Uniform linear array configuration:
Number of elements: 48
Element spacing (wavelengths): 0.75
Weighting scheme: blackman
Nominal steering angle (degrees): -45
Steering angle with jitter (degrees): -45.79
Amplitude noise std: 0.05
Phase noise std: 0.05

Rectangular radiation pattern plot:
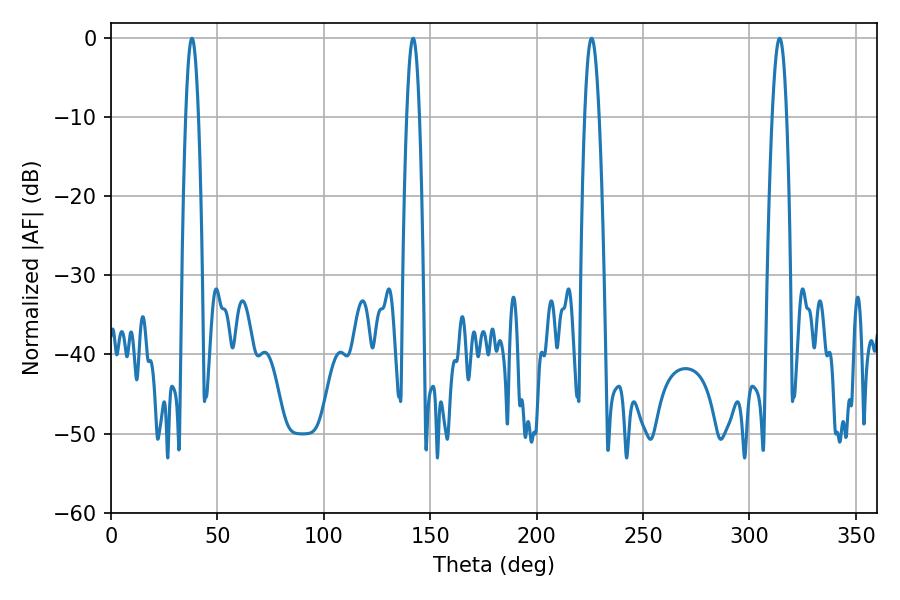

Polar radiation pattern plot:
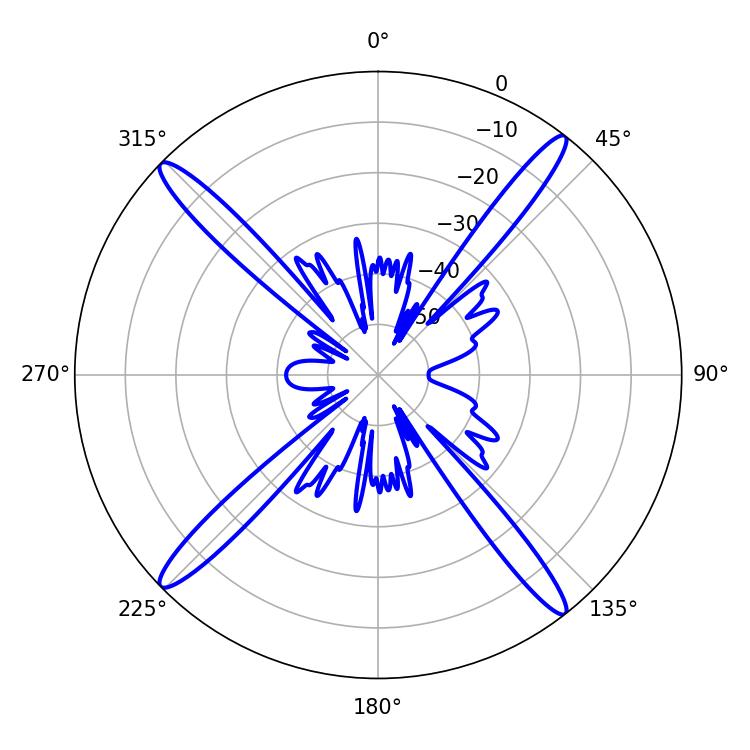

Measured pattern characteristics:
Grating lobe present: TRUE
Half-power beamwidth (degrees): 3.24
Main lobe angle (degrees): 142.02